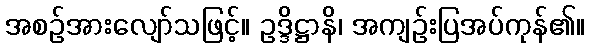
အစဉ်အားလျော်သဖြင့်။ ဥဒ္ဒိဋ္ဌာနိ၊ အကျဉ်းပြအပ်ကုန်၏။